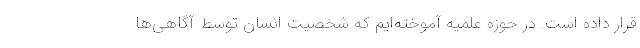
قرار داده است. در حوزه علمیه آموخته‌ایم که شخصیت انسان توسط آگاهی‌ها